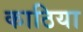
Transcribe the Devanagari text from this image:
काठिया